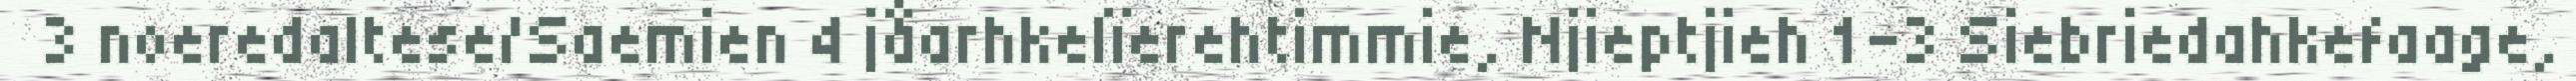
3 noeredaltese/Saemien 4 jåarhkelïerehtimmie, Njieptjieh 1-3 Siebriedahkefaage,